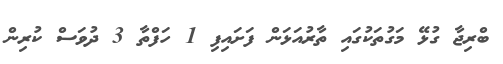
ބްރިޖާ ގުޅޭ މަގުތަކުގައި ތާރުއަޅަން ފަށައިފި 1 ހަފްތާ 3 ދުވަސް ކުރިން